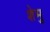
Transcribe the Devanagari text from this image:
शेमु